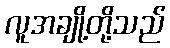
လူအချို့တို့သည်